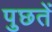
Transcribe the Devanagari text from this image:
पुछतें